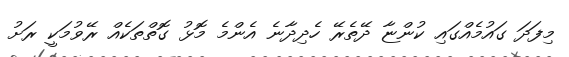
މިފަދަ ގައުމެއްގައި ކުންޏާ ދޭތެރޭ ހެދިދާނެ އެންމެ މޮޅު ގޮތްތަކެއް ރޭވުުމަކީ ރަށު